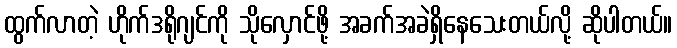
ထွက်လာတဲ့ ဟိုက်ဒရိုဂျင်ကို သိုလှောင်ဖို့ အခက်အခဲရှိနေသေးတယ်လို့ ဆိုပါတယ်။